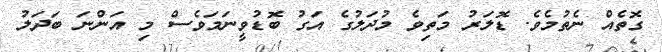
ގޮތެއް ނެތުމެވެ. ޑޮލަރު މަތިވެ މުދަލުގެ އަގު ބޮޑުވީނަމަވެސް މި އަންނަ ބަދަލު